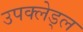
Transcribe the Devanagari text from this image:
उपक्लेड्ल